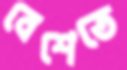
বেশেতে